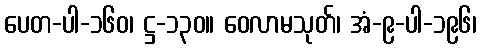
ပေတ-ပါ-၁၆၀၊ ဋ္ဌ-၁၃၀။ ဝေလာမသုတ်၊ အံ-၉-ပါ-၁၉၆၊